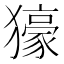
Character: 𤢭